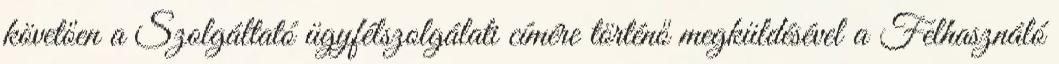
követően a Szolgáltató ügyfélszolgálati címére történő megküldésével a Felhasználó